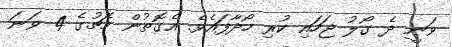
ވަނީ ދެ ގޯލު ޖަހައި ކުރި ހޯދާފައެވެ. އެގޮތުން މެޗުގެ 4 ވަނަ